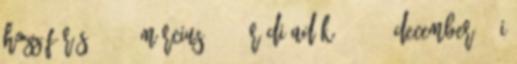
Hozzáférés: 2010. március 10. ↑ Rádióadók. 2007. december 17-i